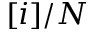
[ i ] / N